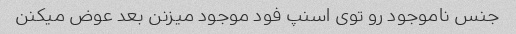
جنس ناموجود رو توی اسنپ فود موجود میزنن بعد عوض میکنن